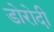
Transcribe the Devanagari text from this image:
डोरोदी